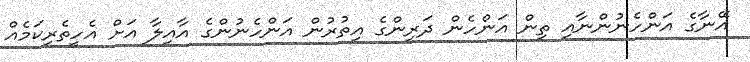
އޭނާގެ އަންހެނުންނާއި ތިން އަންހެން ދަރިންގެ އިތުރުން އަންހެނުންގެ އާއިލާ އަށް އެހީތެރިކަމެއް